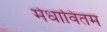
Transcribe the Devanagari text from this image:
मेधावितम